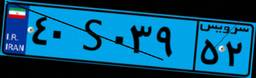
۴۴S۹۵۲۸۰